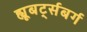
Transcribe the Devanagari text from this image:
ह्यूबर्ट्सबर्ग